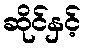
ဆိုင်နှင့်